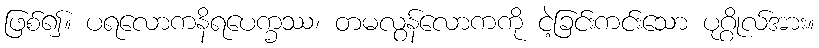
ဖြစ်၍။ ပရလောကနိရပေက္ခဿ၊ တမလွန်လောကကို ငဲ့ခြင်းကင်းသော ပုဂ္ဂိုလ်အား။